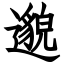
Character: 邈